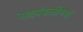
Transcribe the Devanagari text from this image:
नाट्यमंडळीच्या